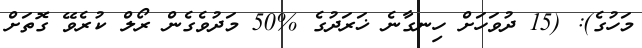
މަހުގެ): (15 ދުވަހަށް ހިނގާނެ ޚަރަދުގެ %50 މަދުވެގެން ރޯލް ކުރެވޭ ގޮތަށް